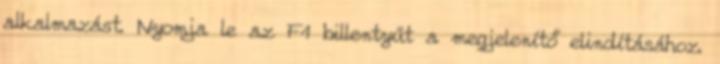
alkalmazást. Nyomja le az F1 billentyűt a megjelenítő elindításához.